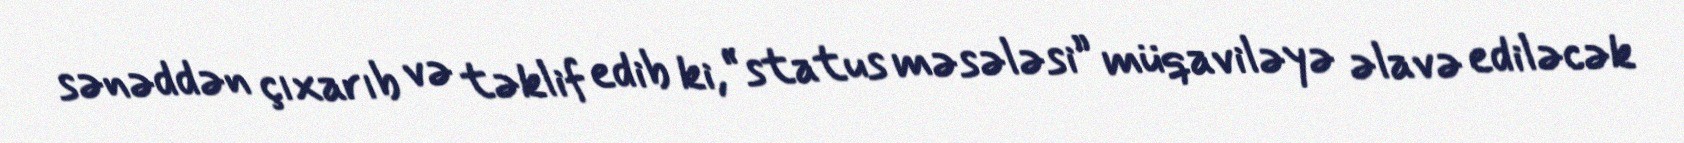
sənəddən çıxarıb və təklif edib ki, “status məsələsi” müqaviləyə əlavə ediləcək